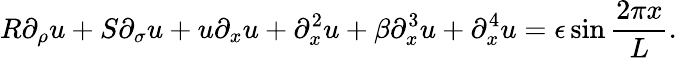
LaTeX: R\partial_{\rho}u+S\partial_{\sigma}u+u\partial_{x}u+\partial_{x}^{2}u+\beta\partial_{x}^{3}u+\partial_{x}^{4}u=\epsilon\sin{\frac{2\pi x}{L}}.